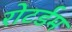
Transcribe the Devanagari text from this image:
रोटर्डम